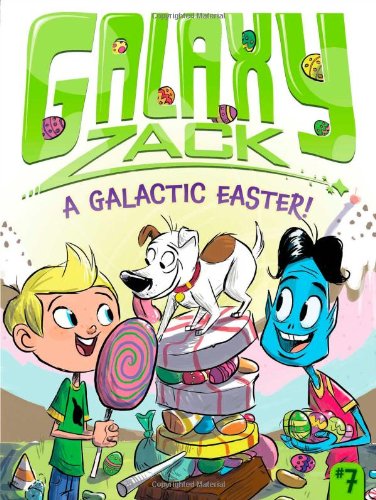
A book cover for A Galactic Easter! (Galaxy Zack); Ray O'Ryan; Children's Books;